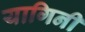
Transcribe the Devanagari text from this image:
यागिनी